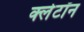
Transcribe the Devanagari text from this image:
क्लेटॉन